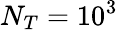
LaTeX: N_{T}=10^{3}